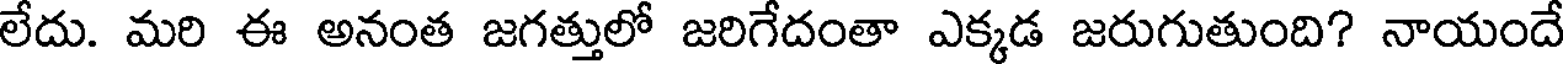
లేదు. మరి ఈ అనంత జగత్తులో జరిగేదంతా ఎక్కడ జరుగుతుంది? నాయందే